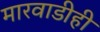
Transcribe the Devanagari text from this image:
मारवाडीही